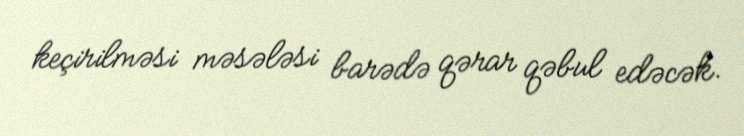
keçirilməsi məsələsi barədə qərar qəbul edəcək.